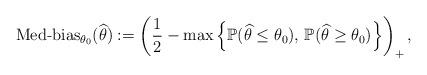
LaTeX: \begin{align*}\mbox{Med-bias}_{\theta_0}(\widehat{\theta}) := \left(\frac{1}{2} - \max\left\{\mathbb{P}(\widehat{\theta} \le \theta_0),\,\mathbb{P}(\widehat{\theta} \ge \theta_0)\right\}\right)_+,\end{align*}